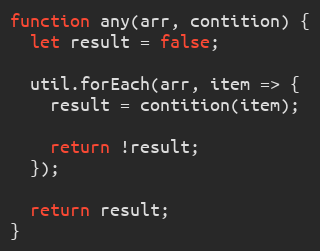
Language: JavaScript
function any(arr, contition) {
  let result = false;

  util.forEach(arr, item => {
    result = contition(item);

    return !result;
  });

  return result;
}